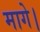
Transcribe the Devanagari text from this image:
मागे।